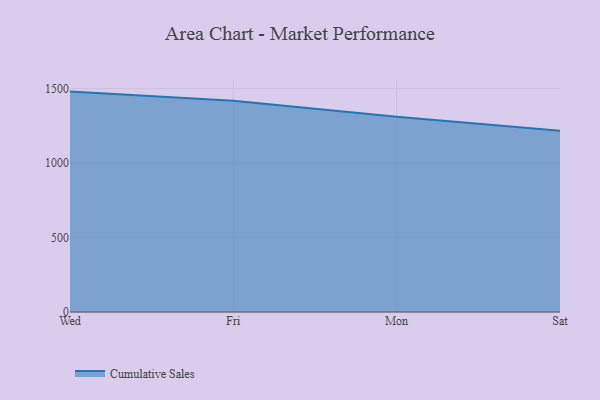
{"axis": {"x": "Day", "y": "Backlog"}, "legend": ["Cumulative Sales"], "data": [{"x": "Wed", "y": 1479.7, "type": "Cumulative Sales"}, {"x": "Fri", "y": 1419.0, "type": "Cumulative Sales"}, {"x": "Mon", "y": 1311.3, "type": "Cumulative Sales"}, {"x": "Sat", "y": 1217.4, "type": "Cumulative Sales"}]}